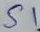
Text: S1